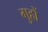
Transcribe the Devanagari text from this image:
गुहों